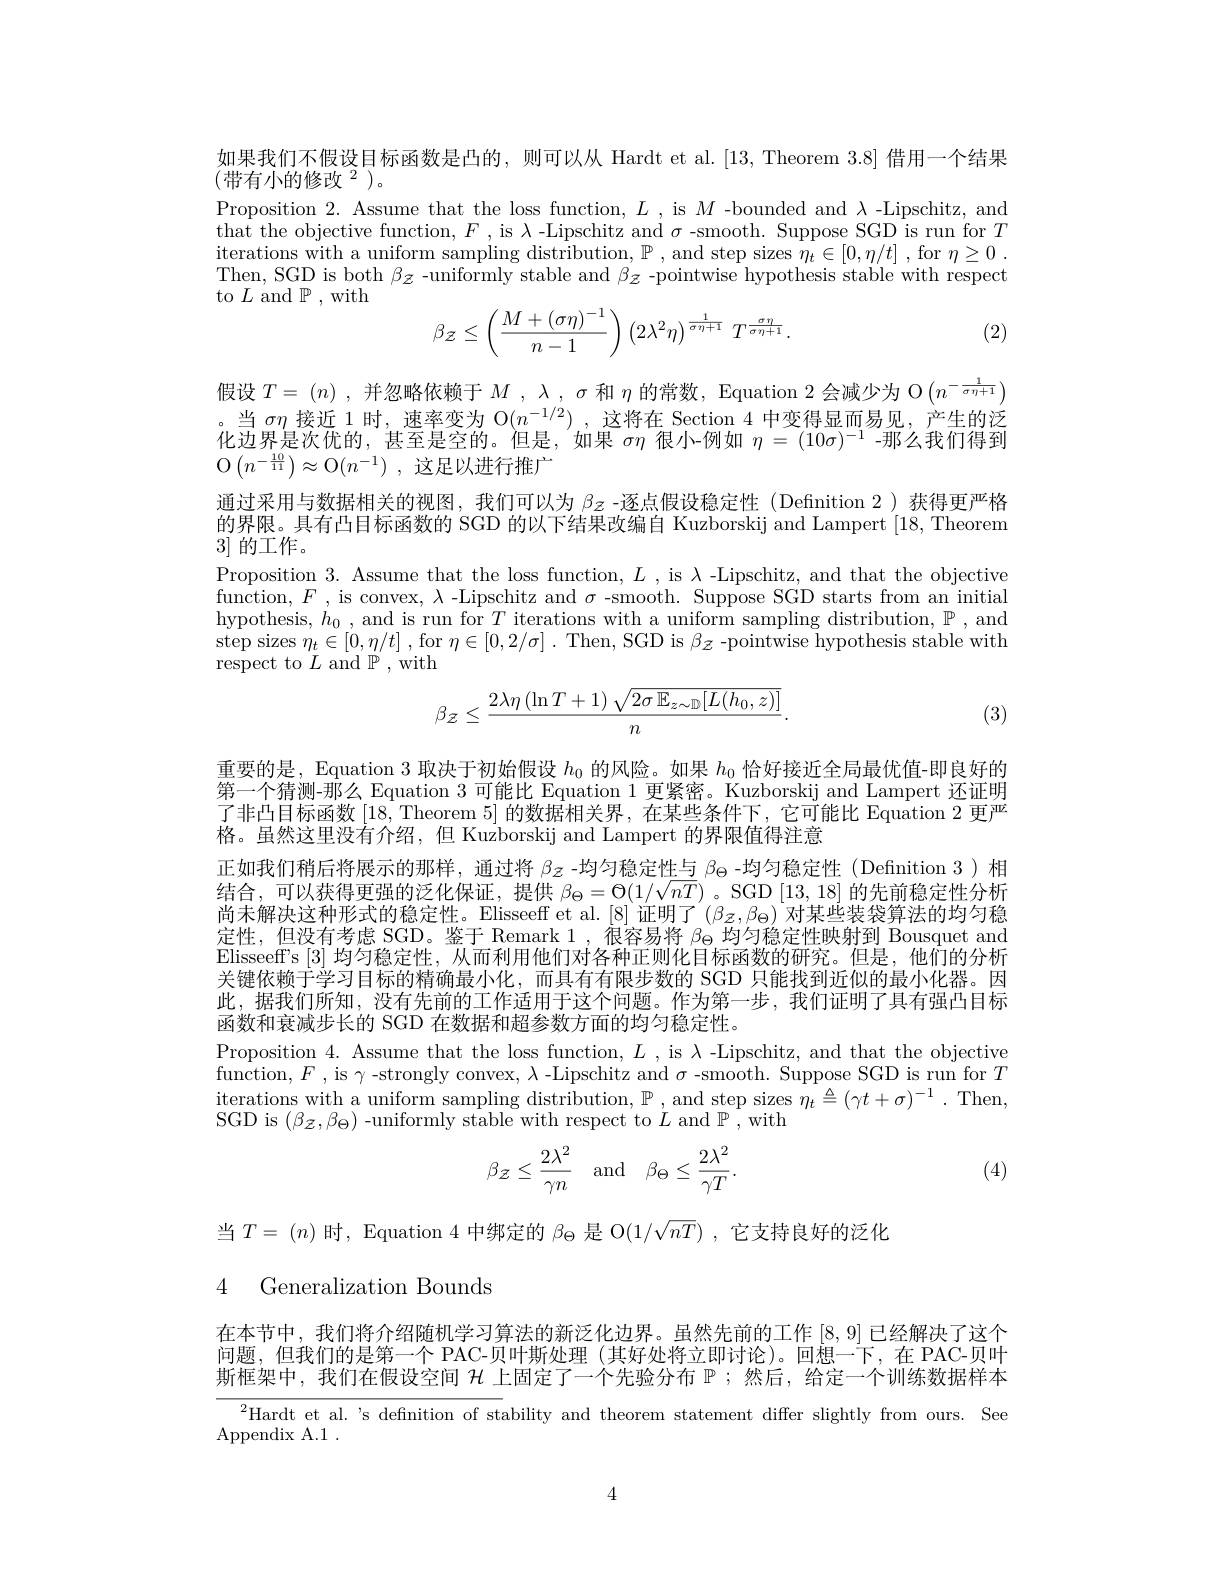
如果我们不假设目标函数是凸的，则可以从 Hardt et al.[13, Theorem 3.8] 借用一个结果
$(\text{带有小的修改}^{2})$。
Proposition 2. Assume that the loss function, $L$, is $M$ -bounded and $\lambda$ -Lipschitz, and that the objective function, $F$ , is $\lambda$ -Lipschitz and $\sigma$ -smooth. Suppose SGD is run for $T$ iterations with a uniform sampling distribution, $\mathbb{P}$, and step sizes $\eta_t\in[0,\eta/t]$ , for $\eta\geq0$ Then, SGD is both $\beta z$ -uniformly stable and $\beta_{z}$ -pointwise hypothesis stable with respect to $L$ and $\mathbb{P}$,with
$$\beta_{\mathcal{Z}}\leq\left(\dfrac{M+(\sigma\eta)^{-1}}{n-1}\right)\left(2\lambda^{2}\eta\right)^{\frac{1}{\sigma\eta+1}}\:T^{\frac{\sigma\eta}{\sigma\eta+1}}.$$
(2)

假设$T=(n)$ ,并忽略依赖于$M,\lambda,\sigma$和$\eta$的常数，Equation 2 会减少为 O$\left(n^{-\frac1{\sigma\eta+1}}\right)$ 。当$\sigma\eta$接近 1 时，速率变为 O$(n^-1/2)$ ,这将在 Section 4 中变得显而易见，产生的泛化边界是次优的，甚至是空的。但是，如果$\sigma\eta$很小-例如$\eta=(10\sigma)^{-1}$ -那么我们得到$\mathcal{O} \left ( n^{- \frac {10}{11}}\right ) \approx \mathcal{O} ( n^{- 1})$ ,这足以进行推广
通过采用与数据相关的视图，我们可以为$\beta_z$ -逐点假设稳定性(Definition 2)获得更严格的界限。具有凸目标函数的 SGD 的以下结果改编自 Kuzborskij and Lampert [18,Theorem 3]的工作。
Proposition 3. Assume that the loss function, $L$, is $\lambda$ -Lipschitz, and that the objective function, $F$ , is convex, $\lambda$ -Lipschitz and $\sigma$ -smooth. Suppose SGD starts from an initial hypothesis, $h_0$, and is run for $T$ iterations with a uniform sampling distribution, $\mathbb{P}$, and step sizes $\eta_{t}\in[0,\eta/t]$ , for $\eta\in[0,2/\sigma]$ . Then, SGD is $\beta_{\bar{z}}$ -pointwise hypothesis stable with ${\mathrm{respect~to~}}L{\mathrm{~and~}}\mathbb{P} $,with
$$\beta_{\mathcal Z}\leq\frac{2\lambda\eta\left(\ln T+1\right)\sqrt{2\sigma\:\mathbb{E}_{z\sim\mathbb{D}}[L(h_{0},z)]}}{n}.$$
(3)

重要的是，Equation 3 取决于初始假设$h_{0}$的风险。如果$h_{0}$恰好接近全局最优值-即良好的第一个猜测-那么 Equation 3 可能比 Equation 1 更紧密。Kuzborskij and Lampert 还证明了非凸目标函数[18, Theorem 5]的数据相关界，在某些条件下，它可能比 Equation 2 更严格。虽然这里没有介绍，但 Kuzborskij and Lampert 的界限值得注意
正如我们稍后将展示的那样，通过将$\beta_{Z}$ -均匀稳定性与$\beta_\Theta$ -均匀稳定性(Defnition 3)相结合，可以获得更强的泛化保证，提供$\beta_\Theta=\Theta(1/\sqrt{nT})$。SGD [13,18]的先前稳定性分析尚未解决这种形式的稳定性。Elisseeff et al. [8] 证明了$^{\prime}(\beta_z,\beta_\Theta)$ 对某些装袋算法的均匀稳定性，但没有考虑 SGD。鉴于 Remark 1,很容易将$\beta_\mathrm{\Theta}$均匀稳定性映射到 Bousquet and Elisseeff s [3]均匀稳定性，从而利用他们对各种正则化目标函数的研究。但是，他们的分析关键依赖于学习目标的精确最小化，而具有有限步数的 SGD 只能找到近似的最小化器。因此，据我们所知，没有先前的工作适用于这个问题。作为第一步，我们证明了具有强凸目标函数和衰减步长的 SGD 在数据和超参数方面的均匀稳定性。
Proposition 4. Assume that the loss function, $L$, is $\lambda$ -Lipschitz, and that the objective function,$F$ , is $\gamma$ -strongly convex, $\lambda$ -Lipschitz and $\sigma$ -smooth. Suppose SGD is run for $T$ $\begin{array}{ll}\text{iterations with a uniform sampling distribution, P , and step sizes }\eta_{t}\triangleq(\gamma t+\sigma)^{-1}.\mathrm{~Then,}\\\text{GR }(\rho_{t})=(\rho_{t})^{-1}\mathrm{~f~}(\rho_{t})^{-1}\mathrm{~f~}(\rho_{t})^{-1}\mathrm{~f~}(\rho_{t})^{-1}\mathrm{~f~}(\rho_{t})^{-1}\mathrm{~f~}(\rho_{t})^{-1}\mathrm{~f~}(\rho_{t})^{-2}\mathrm{~f~}(\rho_{t})^{-1}\mathrm{~f~}(\rho\end{array}$ SGD is $(\beta_{\mathcal{Z}},\beta_{\Theta})$ -uniformly stable with respect to $L$ and $\mathbb{P}$,with
$$\beta_{\mathcal{Z}}\leq\frac{2\lambda^2}{\gamma n}\quad\mathrm{and}\quad\beta_{\Theta}\leq\frac{2\lambda^2}{\gamma T}.$$
(4)

当$T=(n)$时，Equation 4 中绑定的$\beta_\Theta$是 O$(1/\sqrt{nT})$ ,它支持良好的泛化

4 Generalization Bounds

在本节中，我们将介绍随机学习算法的新泛化边界。虽然先前的工作[8,9]已经解决了这个问题，但我们的是第一个 PAC-贝叶斯处理(其好处将立即讨论)。回想一下，在 PAC-贝叶斯框架中，我们在假设空间$\mathcal{H}$上固定了一个先验分布$\mathbb{P}$ ;然后，给定一个训练数据样本

$^{2}$Hardt et al.'s definition of stability and theorem statement differ slightly from ours. See

Appendix A.1 .